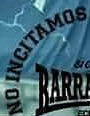
NO LNCITAMOS